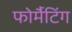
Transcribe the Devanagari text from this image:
फोर्मैटिंग